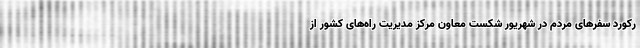
رکورد سفرهای مردم در شهریور شکست معاون مرکز مدیریت راه‌های کشور از